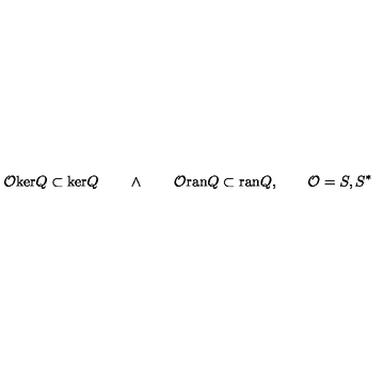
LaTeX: \mathcal { O } \mathrm { k e r } Q \subset \mathrm { k e r } Q \quad \quad \wedge \quad \quad \mathcal { O } \mathrm { r a n } Q \subset \mathrm { r a n } Q , \quad \quad \mathcal { O } = S , S ^ { \ast }